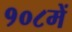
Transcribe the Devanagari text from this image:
१०८में